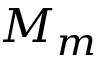
M _ { m }